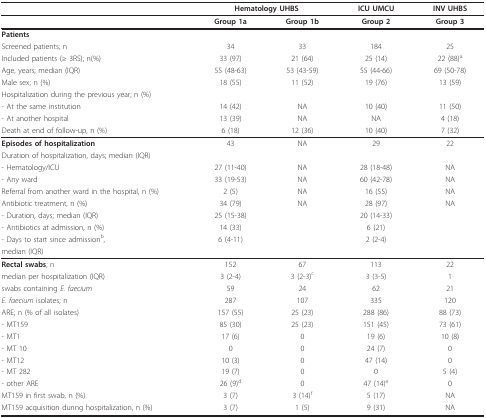
<table><thead><tr><td></td><td colspan="2"><b>Hematology UHBS</b></td><td><b>ICU UMCU</b></td><td><b>INV UHBS</b></td></tr></thead><tbody><tr><td></td><td><b>Group 1a</b></td><td><b>Group 1b</b></td><td><b>Group 2</b></td><td><b>Group 3</b></td></tr><tr><td><b>Patients</b></td><td></td><td></td><td></td><td></td></tr><tr><td>Screened patients; n</td><td>34</td><td>33</td><td>184</td><td>25</td></tr><tr><td>Included patients (≥ 3RS); n(%)</td><td>33 (97)</td><td>21 (64)</td><td>25 (14)</td><td>22 (88)<sup>a</sup></td></tr><tr><td>Age, years; median (IQR)</td><td>55 (48-63)</td><td>53 (43-59)</td><td>55 (44-66)</td><td>69 (50-78)</td></tr><tr><td>Male sex; n (%)</td><td>18 (55)</td><td>11 (52)</td><td>19 (76)</td><td>13 (59)</td></tr><tr><td>Hospitalization during the previous year; n (%)</td><td></td><td></td><td></td><td></td></tr><tr><td>- At the same institution</td><td>14 (42)</td><td>NA</td><td>10 (40)</td><td>11 (50)</td></tr><tr><td>- At another hospital</td><td>13 (39)</td><td>NA</td><td>NA</td><td>4 (18)</td></tr><tr><td>Death at end of follow-up, n (%)</td><td>6 (18)</td><td>12 (36)</td><td>10 (40)</td><td>7 (32)</td></tr><tr><td><b>Episodes of hospitalization</b></td><td>43</td><td>NA</td><td>29</td><td>22</td></tr><tr><td>Duration of hospitalization, days; median (IQR)</td><td></td><td></td><td></td><td></td></tr><tr><td>- Hematology/ICU</td><td>27 (11-40)</td><td>NA</td><td>28 (18-48)</td><td>NA</td></tr><tr><td>- Any ward</td><td>33 (19-53)</td><td>NA</td><td>60 (42-78)</td><td>NA</td></tr><tr><td>Referral from another ward in the hospital, n (%)</td><td>2 (5)</td><td>NA</td><td>16 (55)</td><td>NA</td></tr><tr><td>Antibiotic treatment, n (%)</td><td>34 (79)</td><td>NA</td><td>28 (97)</td><td>NA</td></tr><tr><td>- Duration, days; median (IQR)</td><td>25 (15-38)</td><td></td><td>20 (14-33)</td><td></td></tr><tr><td>- Antibiotics at admission, n (%)</td><td>14 (33)</td><td></td><td>6 (21)</td><td></td></tr><tr><td>- Days to start since admission<sup>b</sup>,</td><td>6 (4-11)</td><td></td><td>2 (2-4)</td><td></td></tr><tr><td>median (IQR)</td><td></td><td></td><td></td><td></td></tr><tr><td><b>Rectal swabs</b>; n</td><td>152</td><td>67</td><td>113</td><td>22</td></tr><tr><td>median per hospitalization (IQR)</td><td>3 (2-4)</td><td>3 (2-3)<sup>c</sup></td><td>3 (3-5)</td><td>1</td></tr><tr><td>swabs containing <i>E. faecium</i></td><td>59</td><td>24</td><td>62</td><td>21</td></tr><tr><td><i>E. faecium </i>isolates; n</td><td>287</td><td>107</td><td>335</td><td>120</td></tr><tr><td>ARE; n (% of all isolates)</td><td>157 (55)</td><td>25 (23)</td><td>288 (86)</td><td>88 (73)</td></tr><tr><td>- MT159</td><td>85 (30)</td><td>25 (23)</td><td>151 (45)</td><td>73 (61)</td></tr><tr><td>- MT1</td><td>17 (6)</td><td>0</td><td>19 (6)</td><td>10 (8)</td></tr><tr><td>- MT 10</td><td>0</td><td>0</td><td>24 (7)</td><td>0</td></tr><tr><td>- MT12</td><td>10 (3)</td><td>0</td><td>47 (14)</td><td>0</td></tr><tr><td>- MT 282</td><td>19 (7)</td><td>0</td><td>0</td><td>5 (4)</td></tr><tr><td>- other ARE</td><td>26 (9)<sup>d</sup></td><td>0</td><td>47 (14)<sup>e</sup></td><td>0</td></tr><tr><td>MT159 in first swab, n (%)</td><td>3 (7)</td><td>3 (14)<sup>f</sup></td><td>5 (17)</td><td>NA</td></tr><tr><td>MT159 acquisition during hospitalization, n (%)</td><td>3 (7)</td><td>1 (5)</td><td>9 (31)</td><td>NA</td></tr></tbody></table>